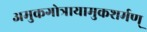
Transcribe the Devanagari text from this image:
अमुकगोत्रायामुकशर्मण्